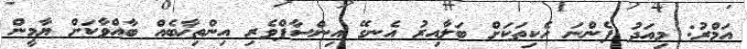
އަމްރު: މިއަދު ފެންނަ ހެކިތަކަށް ބަލާއިރު އެނގޭ އިންސާފްވެރި އިންތިޚާބެއް ބާއްވާކަށް ޔާމީން